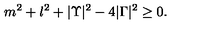
m ^ { 2 } + l ^ { 2 } + | \Upsilon | ^ { 2 } - 4 | \Gamma | ^ { 2 } \geq 0 .